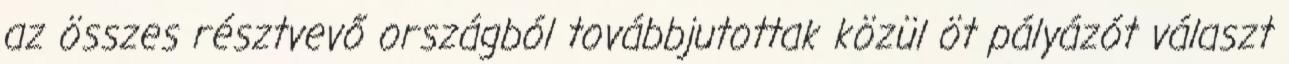
az összes résztvevő országból továbbjutottak közül öt pályázót választ